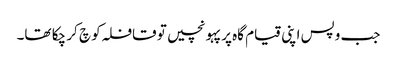
جب وپس اپنی قیام گاہ پر پہو نچیں تو قافلہ کو چ کر چکا تھا۔